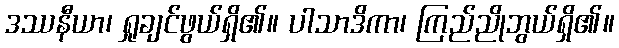
ဒဿနီယာ၊ ရှုချင်ဖွယ်ရှိ၏။ ပါသာဒိကာ၊ ကြည်ညိုဘွယ်ရှိ၏။